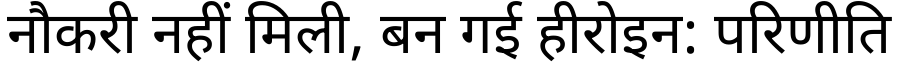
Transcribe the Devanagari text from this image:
नौकरी नहीं मिली, बन गई हीरोइन: परिणीति